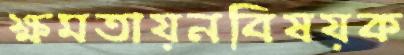
ক্ষমতায়নবিষয়ক